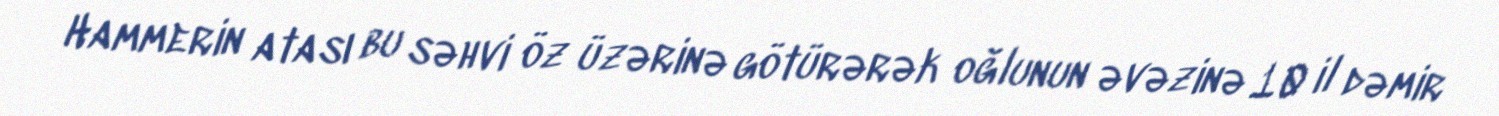
Hammerin atası bu səhvi öz üzərinə götürərək oğlunun əvəzinə 10 il dəmir